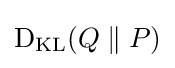
\operatorname {D} _{\text{KL}}(Q\parallel P)